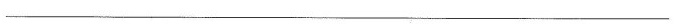
__________________________